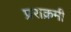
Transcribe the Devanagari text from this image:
प्रराक्रमी